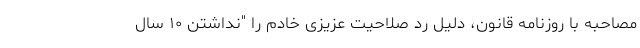
مصاحبه با روزنامه قانون، دلیل رد صلاحیت عزیزی خادم را "نداشتن ۱۰ سال